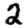
Digit: 2